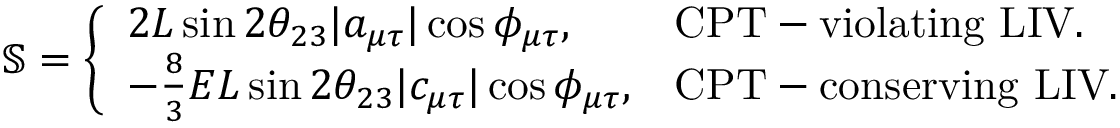
\begin{array} { r } { \mathbb { S } = \left\{ \begin{array} { l l } { 2 L \sin 2 \ensuremath { \theta _ { 2 3 } } | a _ { \mu \tau } | \cos \phi _ { \mu \tau } , } & { \mathrm { C P T - v i o l a t i n g ~ L I V } . } \\ { - \frac { 8 } { 3 } E L \sin 2 \ensuremath { \theta _ { 2 3 } } | c _ { \mu \tau } | \cos \phi _ { \mu \tau } , } & { \mathrm { C P T - c o n s e r v i n g ~ L I V } . } \end{array} \right. } \end{array}